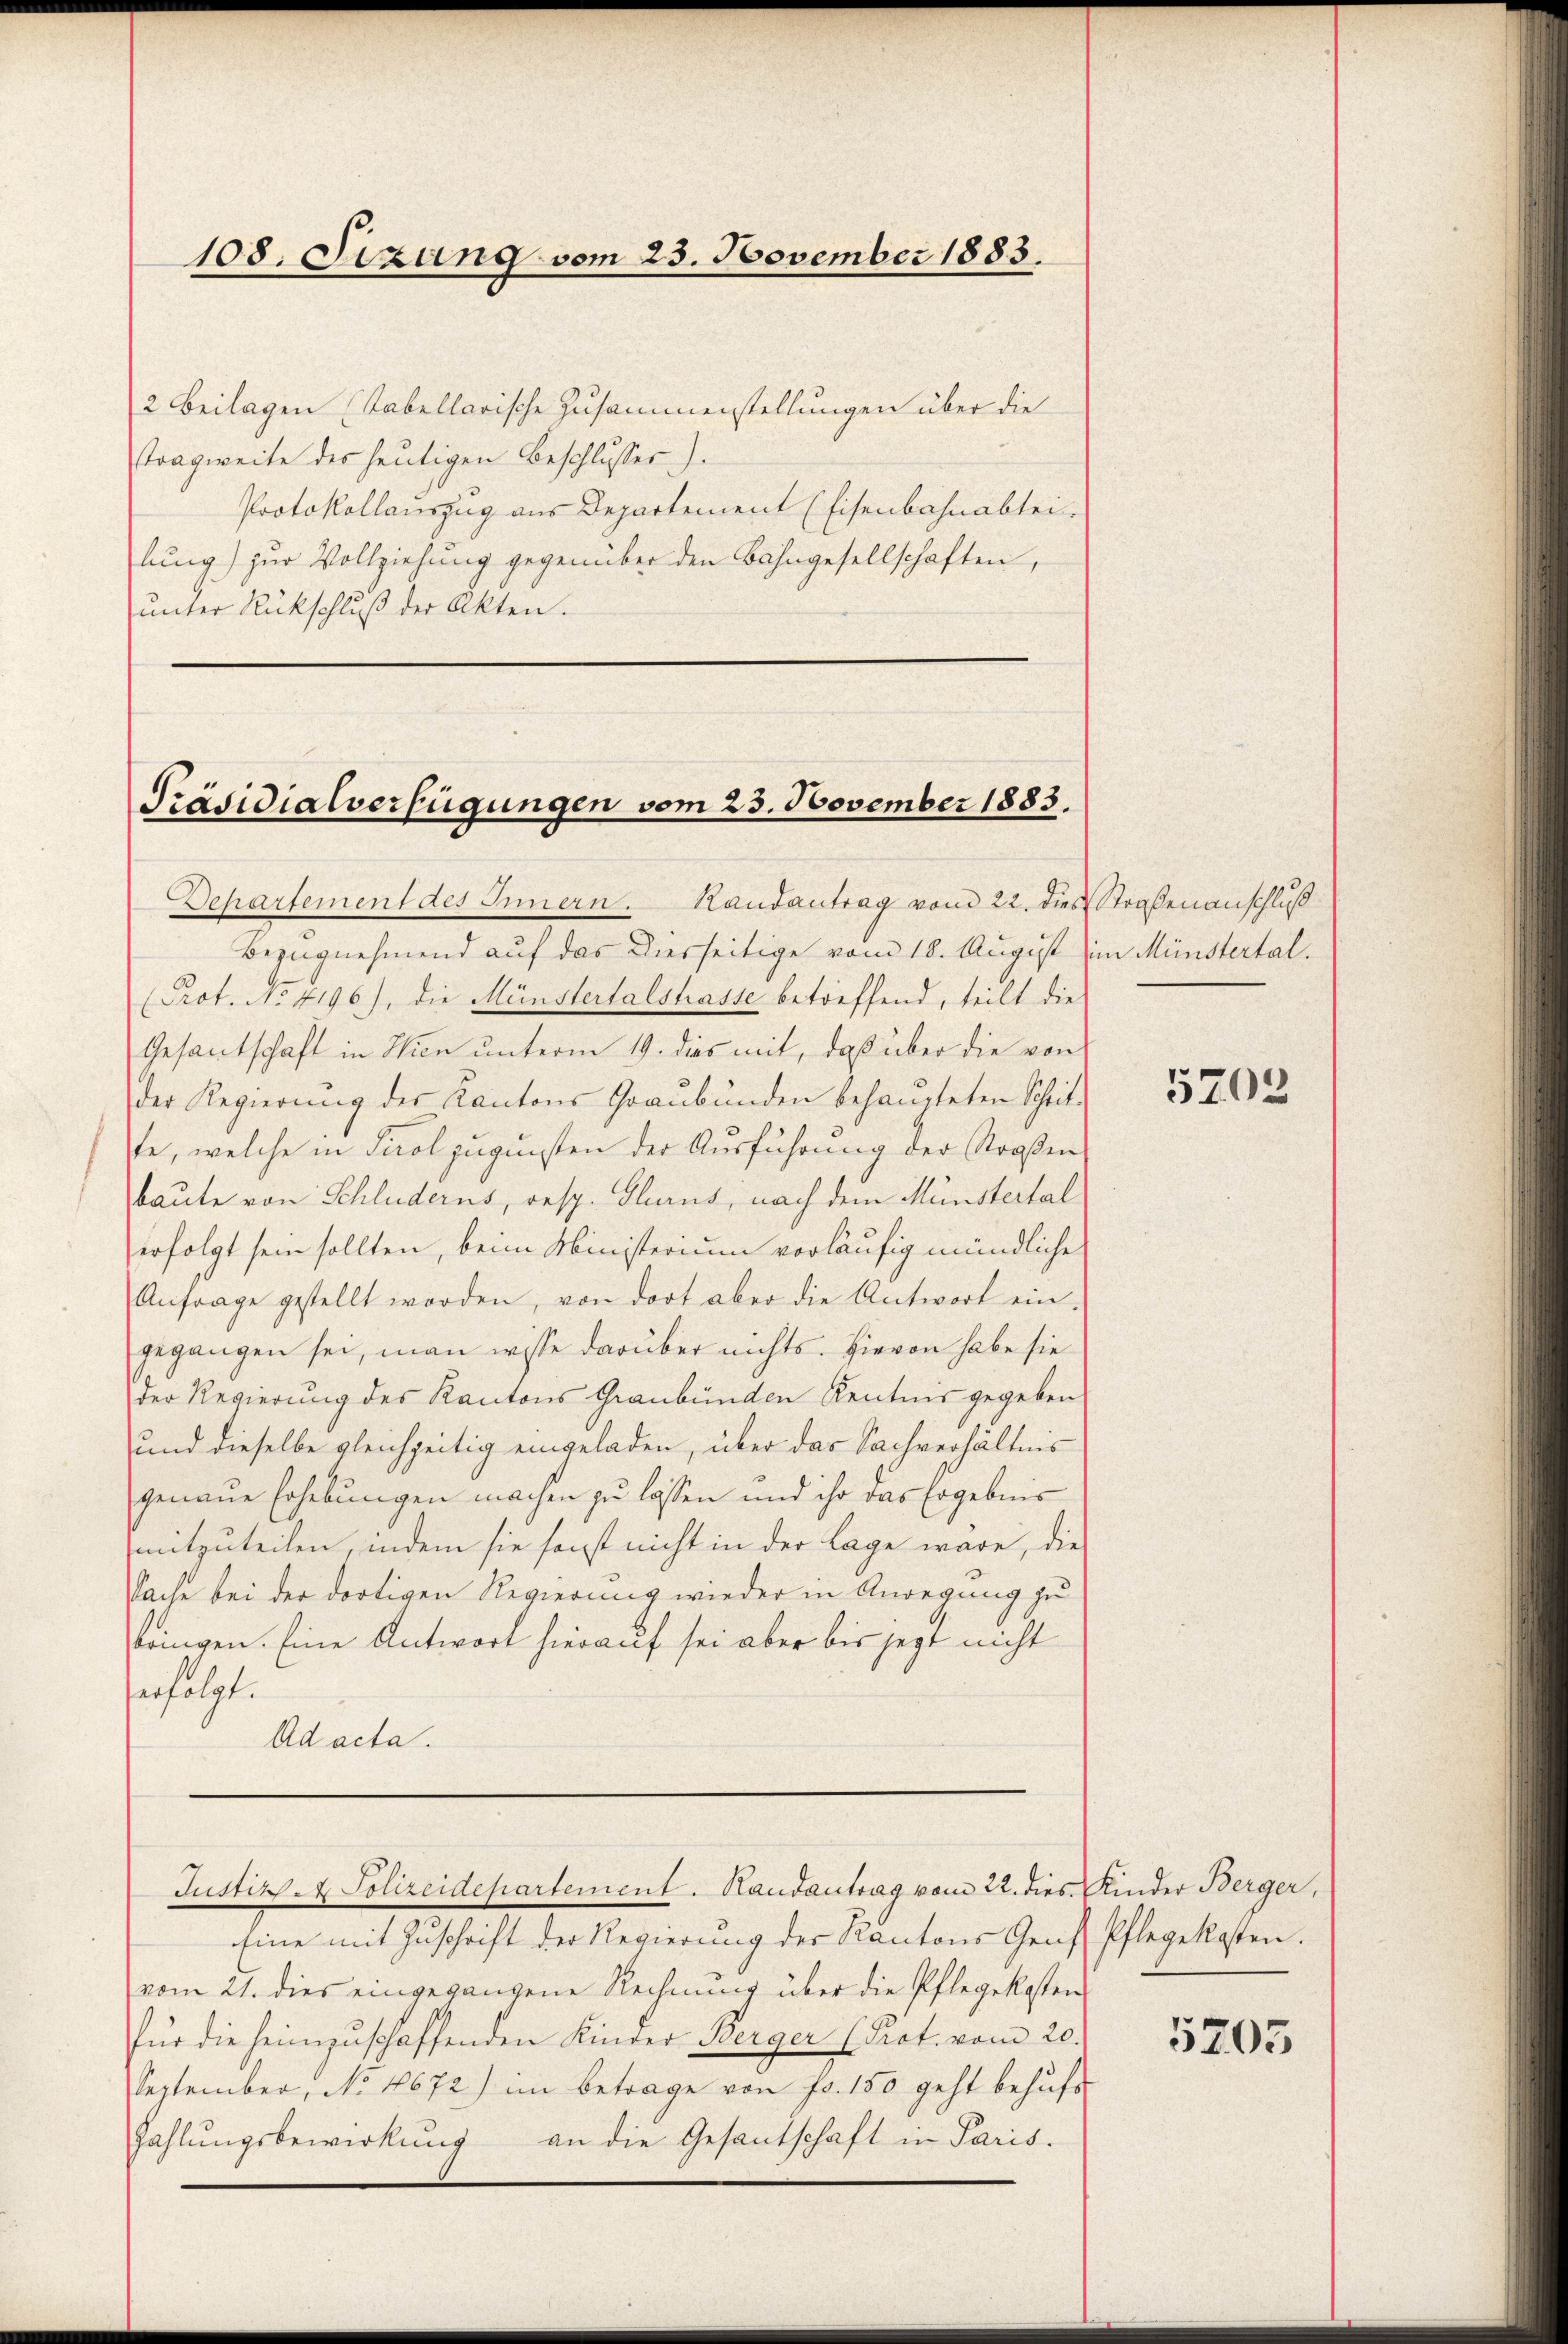
108. Sizung vom 23. November 1883.

2 Beilagen (tabellarische Zusammenstellungen über die
Tragweite des heutigen Beschlusses.).
Protokollauszug aus Departement (Eisenbahnabtei-
lung) zur Vollziehung gegenüber den Bahngesellschaften,
ŭnter Rückschlŭβ der Akten.

Präsidialverfügungen vom 23. November 1883.

Prot. No. 4196), die Münstertalstrasse betreffend, teilt die
Gesantschaft in Wien unterm 19. das mit, daß über die von
der Regierŭng der Kantons Graubünden behaupteten Scheit-
te, welche in Tirol zugunsten der Ausführung der Straßen
baute von Schluderns, resp. Glarus, nach dem Münstertal
erfolgt sein sollten, beim Ministerium vorläufig mündliche
Anfrage gestellt worden, von dort aber die Antwort ein-
gegangen sei, man wisse darüber nichts. Hievon habe sie
der Regierung des Kantons Graubünden Kentnis gegeben
und dieselbe gleichzeitig eingeladen, über das Sachverhältnis
genaue Erhebungen machen zu lassen und ihr das Ergebnis
mitzuteilen, indem sie sonst nicht in der Lage wäre, die
Sache bei der dortigen Regierung wieder in Anregung zu
bringen. Eine Antwort hierauf sei aber bis jezt nicht
erfolgt.
Ad acta.

Departement des Innern. Randantrag vom 22. dies Straßenanschluß
Bezugnehmend auf das Diesseitige vom 18. August im Münstertal.

Justiz- & Polizeidepartement. Handantrag vom 22. dies Kinder Berger,

Eine mit Zuschrift der Regierung der Kantons Genf Pflegekosten.
vom 21. dies eingegangene Rechnung über die Pflegekosten
für die heimzuschaffenden Kinder Berger (Prot. vom 20.
September, No 1672) im betrage von fr. 150 geht behufs
Zahlŭngsbewirkung an die Gesandschaft in Paris.

5202

5205